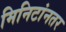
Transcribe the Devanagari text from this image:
मिनिटांनतर